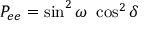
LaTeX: P _ { e e } = \sin ^ { 2 } \omega \ \cos ^ { 2 } \delta